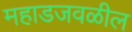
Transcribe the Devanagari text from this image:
महाडजवळील